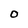
Character: O